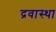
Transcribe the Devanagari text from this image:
द्रवास्था